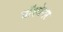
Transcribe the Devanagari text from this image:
ग्रॉस्वेनर